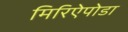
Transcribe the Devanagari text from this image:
मिरिऐपोडा